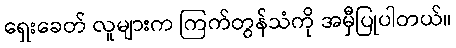
ရှေးခေတ် လူများက ကြက်တွန်သံကို အမှီပြုပါတယ်။